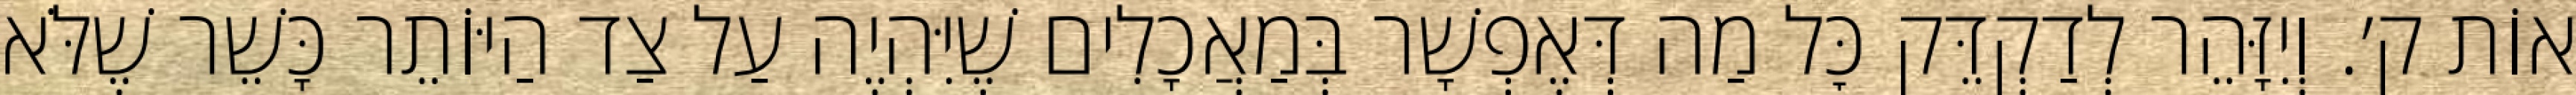
אוֹת ק׳. וְיִזָּהֵר לְדַקְדֵּק כׇּל מַה דְּאֶפְשָׁר בְּמַאֲכָלִים שֶׁיִּהְיֶה עַל צַד הַיּוֹתֵר כָּשֵׁר שֶׁלֹּא